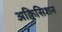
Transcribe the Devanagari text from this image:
अक्विसिशन